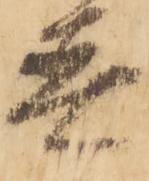
着